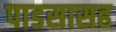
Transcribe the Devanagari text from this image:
पाडसासह